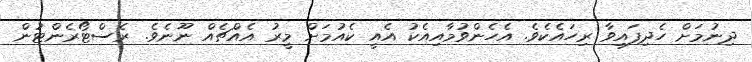
ދިނުމަށް ހެދިފައިވާ ރިހައެކެވެ. އެހެންވުމާއިއެކު އެއީ ކެއުމަށް މީރު އެއްޗެއް ނޫނެވެ. ރެސްޓޯރެންޓުން